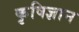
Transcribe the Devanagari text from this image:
कृषिज्ञान